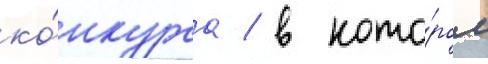
ко́нкурса / в кото́ром